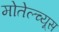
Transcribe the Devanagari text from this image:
मोतेल्च्यूस